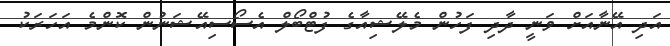
އަދި އޭނާއަށް ވަނީ ދާދި ފަހުން މެލޭޝިއާގެ ފުޓްބޯލް އެސޯސިއޭޝަނުން ކޮންމެ އަހަރަކު